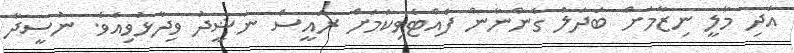
އަދި މާލީ ނިޒާމަށް ބަދަލު ގެންނާން ފެއްޓެވިކަމަށް ރައީސް ނަޝީދު ވިދާޅުވިއެވެ. ނުސީދާ